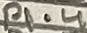
Text: P1.4